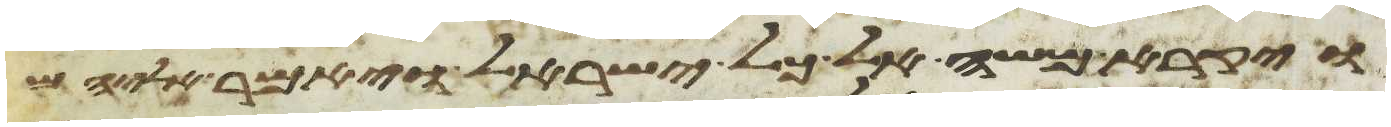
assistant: ויקרא משה אל כל ישראל ויאמר אליהם